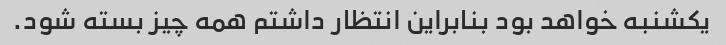
یکشنبه خواهد بود بنابراین انتظار داشتم همه چیز بسته شود.